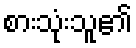
စားသုံးသူ၏